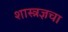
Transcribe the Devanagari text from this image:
शास्त्रज्ञचा